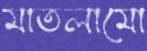
মাতলামো